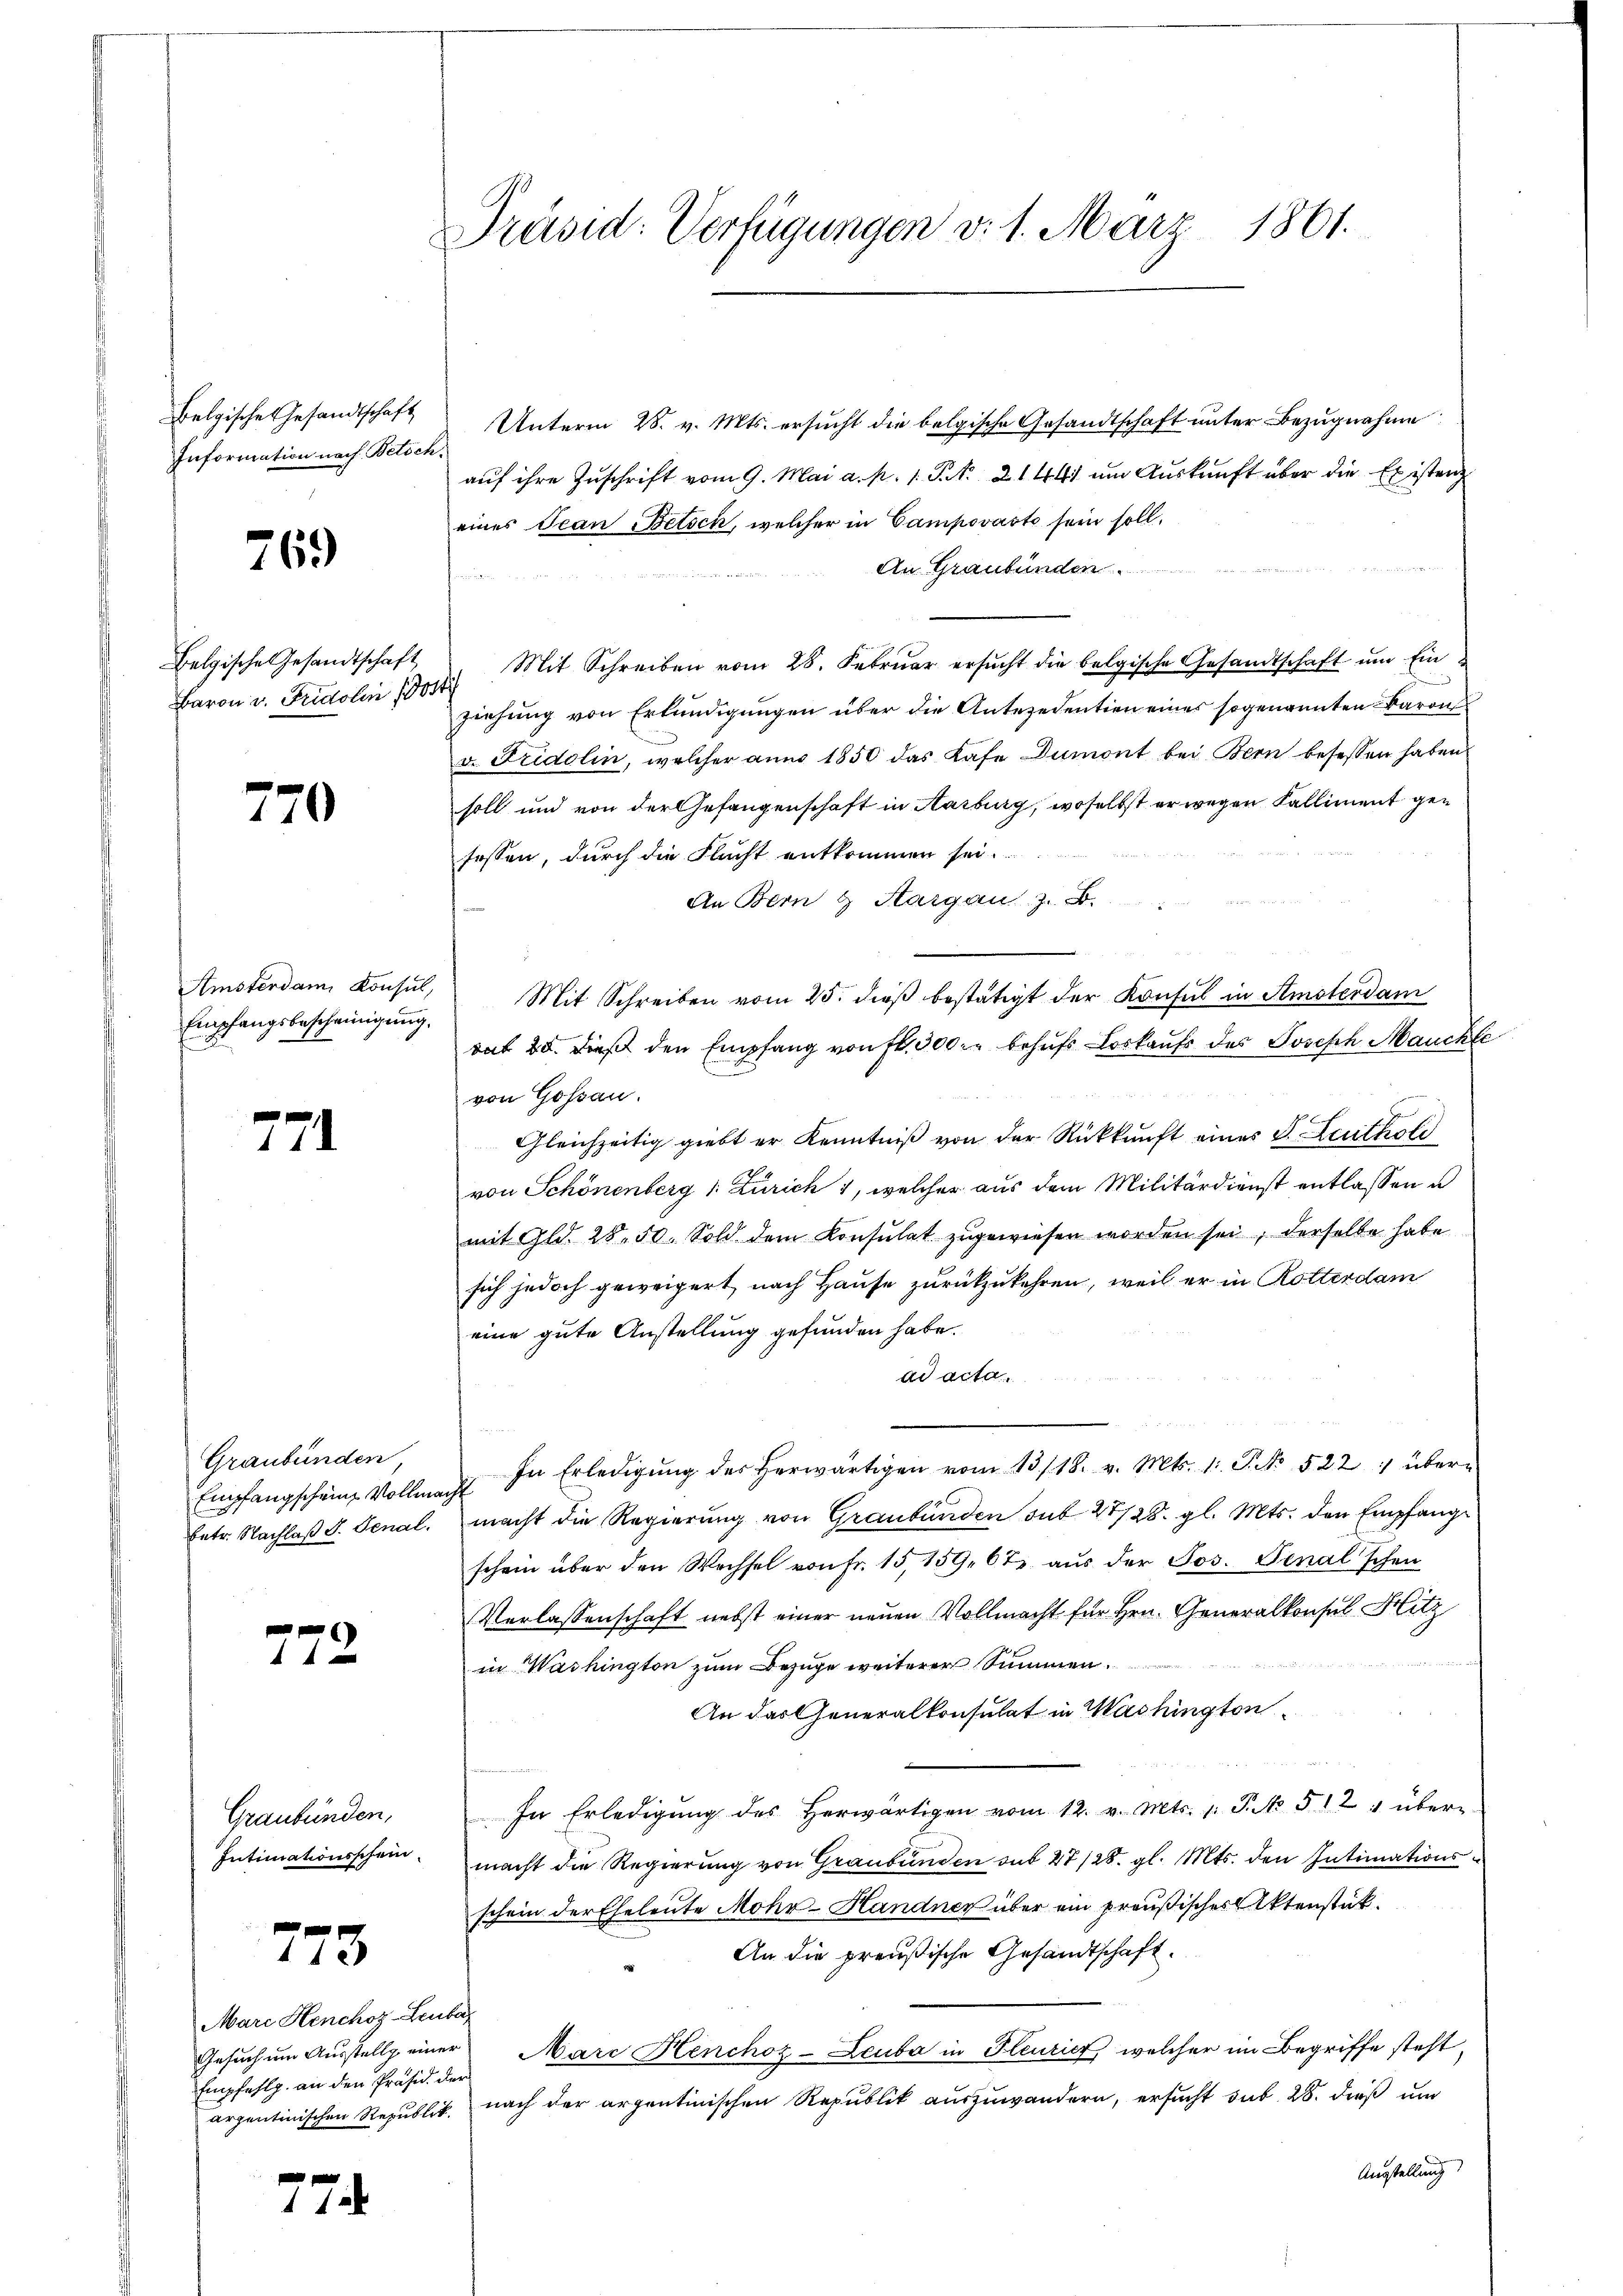
Belgische Gesandtschaft
Information nach Betsc

769

Belgische Gesandtschaft
Baron v. Fridolin d

770

Amsterdam Konsul,
Empfangsbescheinigung.

774

Graubünden,
Empfangschein Vollmacht
Entr. Nachlaß d. Genal.

x

Graubünden,
Intimationsschein

773

Marc Henchoz-Lenbar
Gesuch um Ausstellg einer
Empfehlg. an den Präsid. der

774

Präsid. Verfügungen v. 1. März 1861.

Unterm 28. v. Mts. ersucht die belgische Gesandtschaft unter Bezugnahme
auf ihre Zuschrift vom 9. Mai a. p. 1. P. R. 21447 um Auskunft über die Existenz
eines Jean Betsch, welcher in Campovasto sein soll,
An Graubünden.

Mit Schreiben vom 28. Februar ersucht die belgische Gesandtschaft und Ein
¬
ziehung von Erkundigungen über die Antezedention eines sogenannten Baron
v. Fridolin, welcher anno 1850 das Kase Dumont bei Bern besessen haben.
soll und von der Gefangenschaft in Aarburg, woselbst er wegen Kalliment gefossen, durch die Flucht entkommen sei.
An Bern & Aargau, z. B.
Mit Schreiben vom 25. dieß bestätigt der Konsul in Amsterdam
rat 20. dieß den Empfang von fl. 300. behufs Loskaufs des Joseph Mauchte
von Goßau.
Gleichzeitig giebt er Kenntniß von der Rückkunft eines S. Leuthold
von Schönenberg 1. Zürich 1, welcher aus dem Militärdienst entlassen u
mit Gld. 28. 50. Sold dem Konsulat zugewiesen worden sei, derselbe habe
sich jedoch geweigert, nach Hause zurückzukehren, weil er in Rotterdam
eine gute Anstellung gefunden habe.
ad acta
u
In Erledigŭng des herwärtigen vom 13./18. v. Mts. 1. P. No 522 :/ übermacht die Regierung von Graubünden sub 27/28. gl. Mts. den Empfangschein über den Wechsel von Fr. 15, 159, 67 aus der Jos. Jenal'schen
Verlassenschaft nebst einer neuen Vollmacht für Hrn. Generalkonsul Hitz
in Washington zum Bezuge weiterer Summen.
An das Generalkonsulat in Washington
In Erledigŭng des herwärtigen vom 12. v. Mts. 1. P. No 512 über-
macht die Regierung von Graubünden sub 27/28. gl. Mts. den Intimationsschein der Eheleute Mohr-Handner über ein preußisches Aktenstück.
An die preußische Gesandtschaft.
Marc Henchoz-Leuba in Feurier, welcher im Begriffe steht,
arzentinischen Republik, nach der argentinischen Republik auszuwandern, ersucht sub. 28. dieß um
Ausstellung